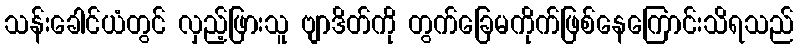
သန်းခေါင်ယံတွင် လှည့်ဖြားသူ ဗျာဒိတ်ကို တွက်ခြေမကိုက်ဖြစ်နေကြောင်းသိရသည်